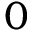
0